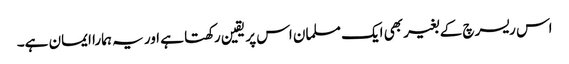
اس ریسرچ کے بغیر بھی ایک مسلمان ‌اس پر یقین رکھتا ہے اور یہ ہمارا ایمان ہے۔